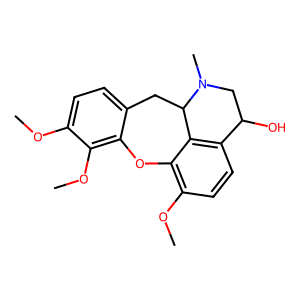
SMILES: COc1ccc2c(c1OC)Oc1c(OC)ccc3c1C(C2)N(C)CC3O
Inhibits HIV replication: No